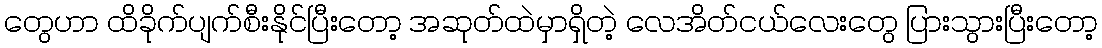
တွေဟာ ထိခိုက်ပျက်စီးနိုင်ပြီးတော့ အဆုတ်ထဲမှာရှိတဲ့ လေအိတ်ငယ်လေးတွေ ပြားသွားပြီးတော့